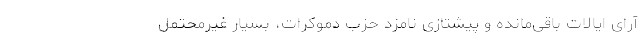
آرای ایالات باقی‌مانده و پیشتازی نامزد حزب دموکرات، بسیار غیرمحتمل